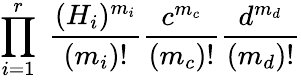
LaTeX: \prod_{i=1}^{r}\; \frac{(H_{i})^{m_{i}}}{(m_{i})!}\frac{c^{m_{c}}}{(m_{c})!}\frac{d^{m_{d}}}{(m_{d})!}